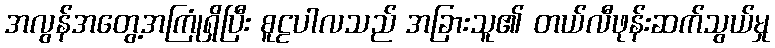
အလွန်အတွေ့အကြုံရှိပြီး စူဠပါလသည် အခြားသူ၏ တယ်လီဖုန်းဆက်သွယ်မှု